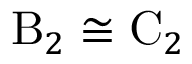
\mathrm { B } _ { 2 } \cong \mathrm { C } _ { 2 }